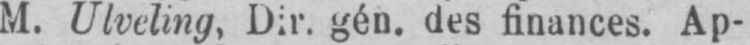
M. Ulveling, Dir. gén. des finances. Ap-